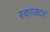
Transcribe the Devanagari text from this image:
स्काउटर